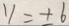
y = \pm 6